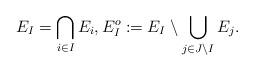
LaTeX: \begin{align*}E_I=\bigcap _{i\in I}E_i, E_I^o:=E_I\setminus \bigcup_{j\in J\setminus I} E_j.\end{align*}